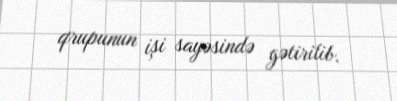
qrupunun işi sayəsində gətirilib.